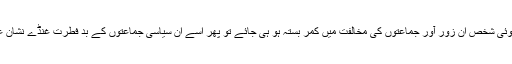
بافرض محال اگر کوئی شخص ان زور آور جماعتوں کی مخالفت میں کمر بستہ ہو ہی جائے تو پھر اُسے ان سیاسی جماعتوں کے بد فطرت غنڈے نشانِ عبرت بنا دیتے ہیں ۔